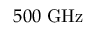
5 0 0 \ \mathrm { G H z }